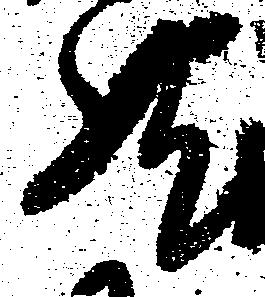
然